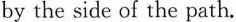
by the side of the path.